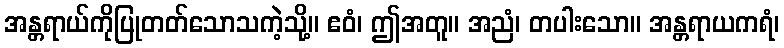
အန္တရာယ်ကိုပြုတတ်သောသကဲ့သို့။ ဧဝံ၊ ဤအတူ။ အညံ၊ တပါးသော။ အန္တရာယကရံ၊